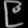
Digit: ၉